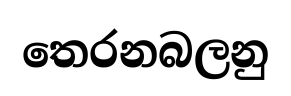
තෙරනබලනු